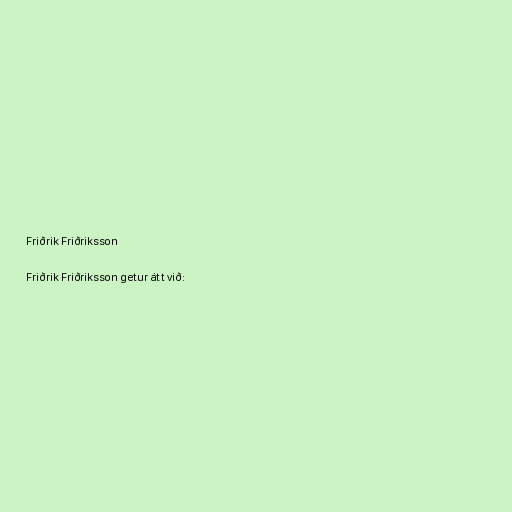
Friðrik Friðriksson

Friðrik Friðriksson getur átt við: